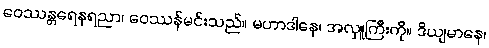
ဝေဿန္တရေနရညာ၊ ဝေဿန်မင်းသည်။ မဟာဒါနေ၊ အလှူကြီးကို။ ဒိယျမာနေ၊